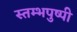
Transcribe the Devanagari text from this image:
स्तम्भपुष्पी